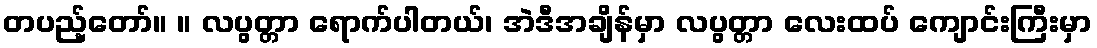
တပည့်တော်။ ။ လပွတ္တာ ရောက်ပါတယ်၊ အဲဒီအချိန်မှာ လပွတ္တာ လေးထပ် ကျောင်းကြီးမှာ